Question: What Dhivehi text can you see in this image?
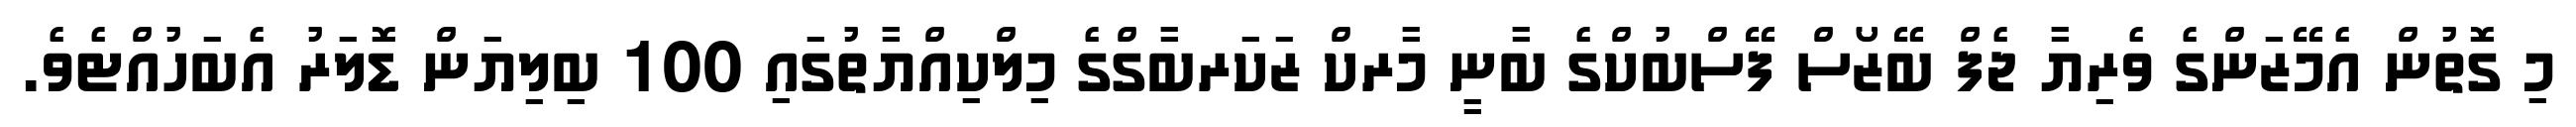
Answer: މި ގޮތުން އެމޭޒަންގެ ވެރިޔާ ޖެފް ބޭޒޯސް ފޭސްބުކްގެ ބާނީ މާރކް ޒަކަރބާގްގެ މިލްކިއްޔާތުގައި 100 ބިލިޔަން ޑޮލަރު އެބަހުއްޓެވެ.